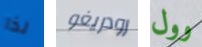
لذا رودريغو وول